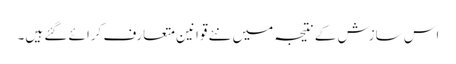
اس سازش کے نتیجہ میں نئے قوانین متعارف کرائے گئے ہیں۔